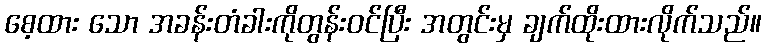
စေ့ထား သော အခန်းတံခါးကိုတွန်းဝင်ပြီး အတွင်းမှ ချက်ထိုးထားလိုက်သည်။